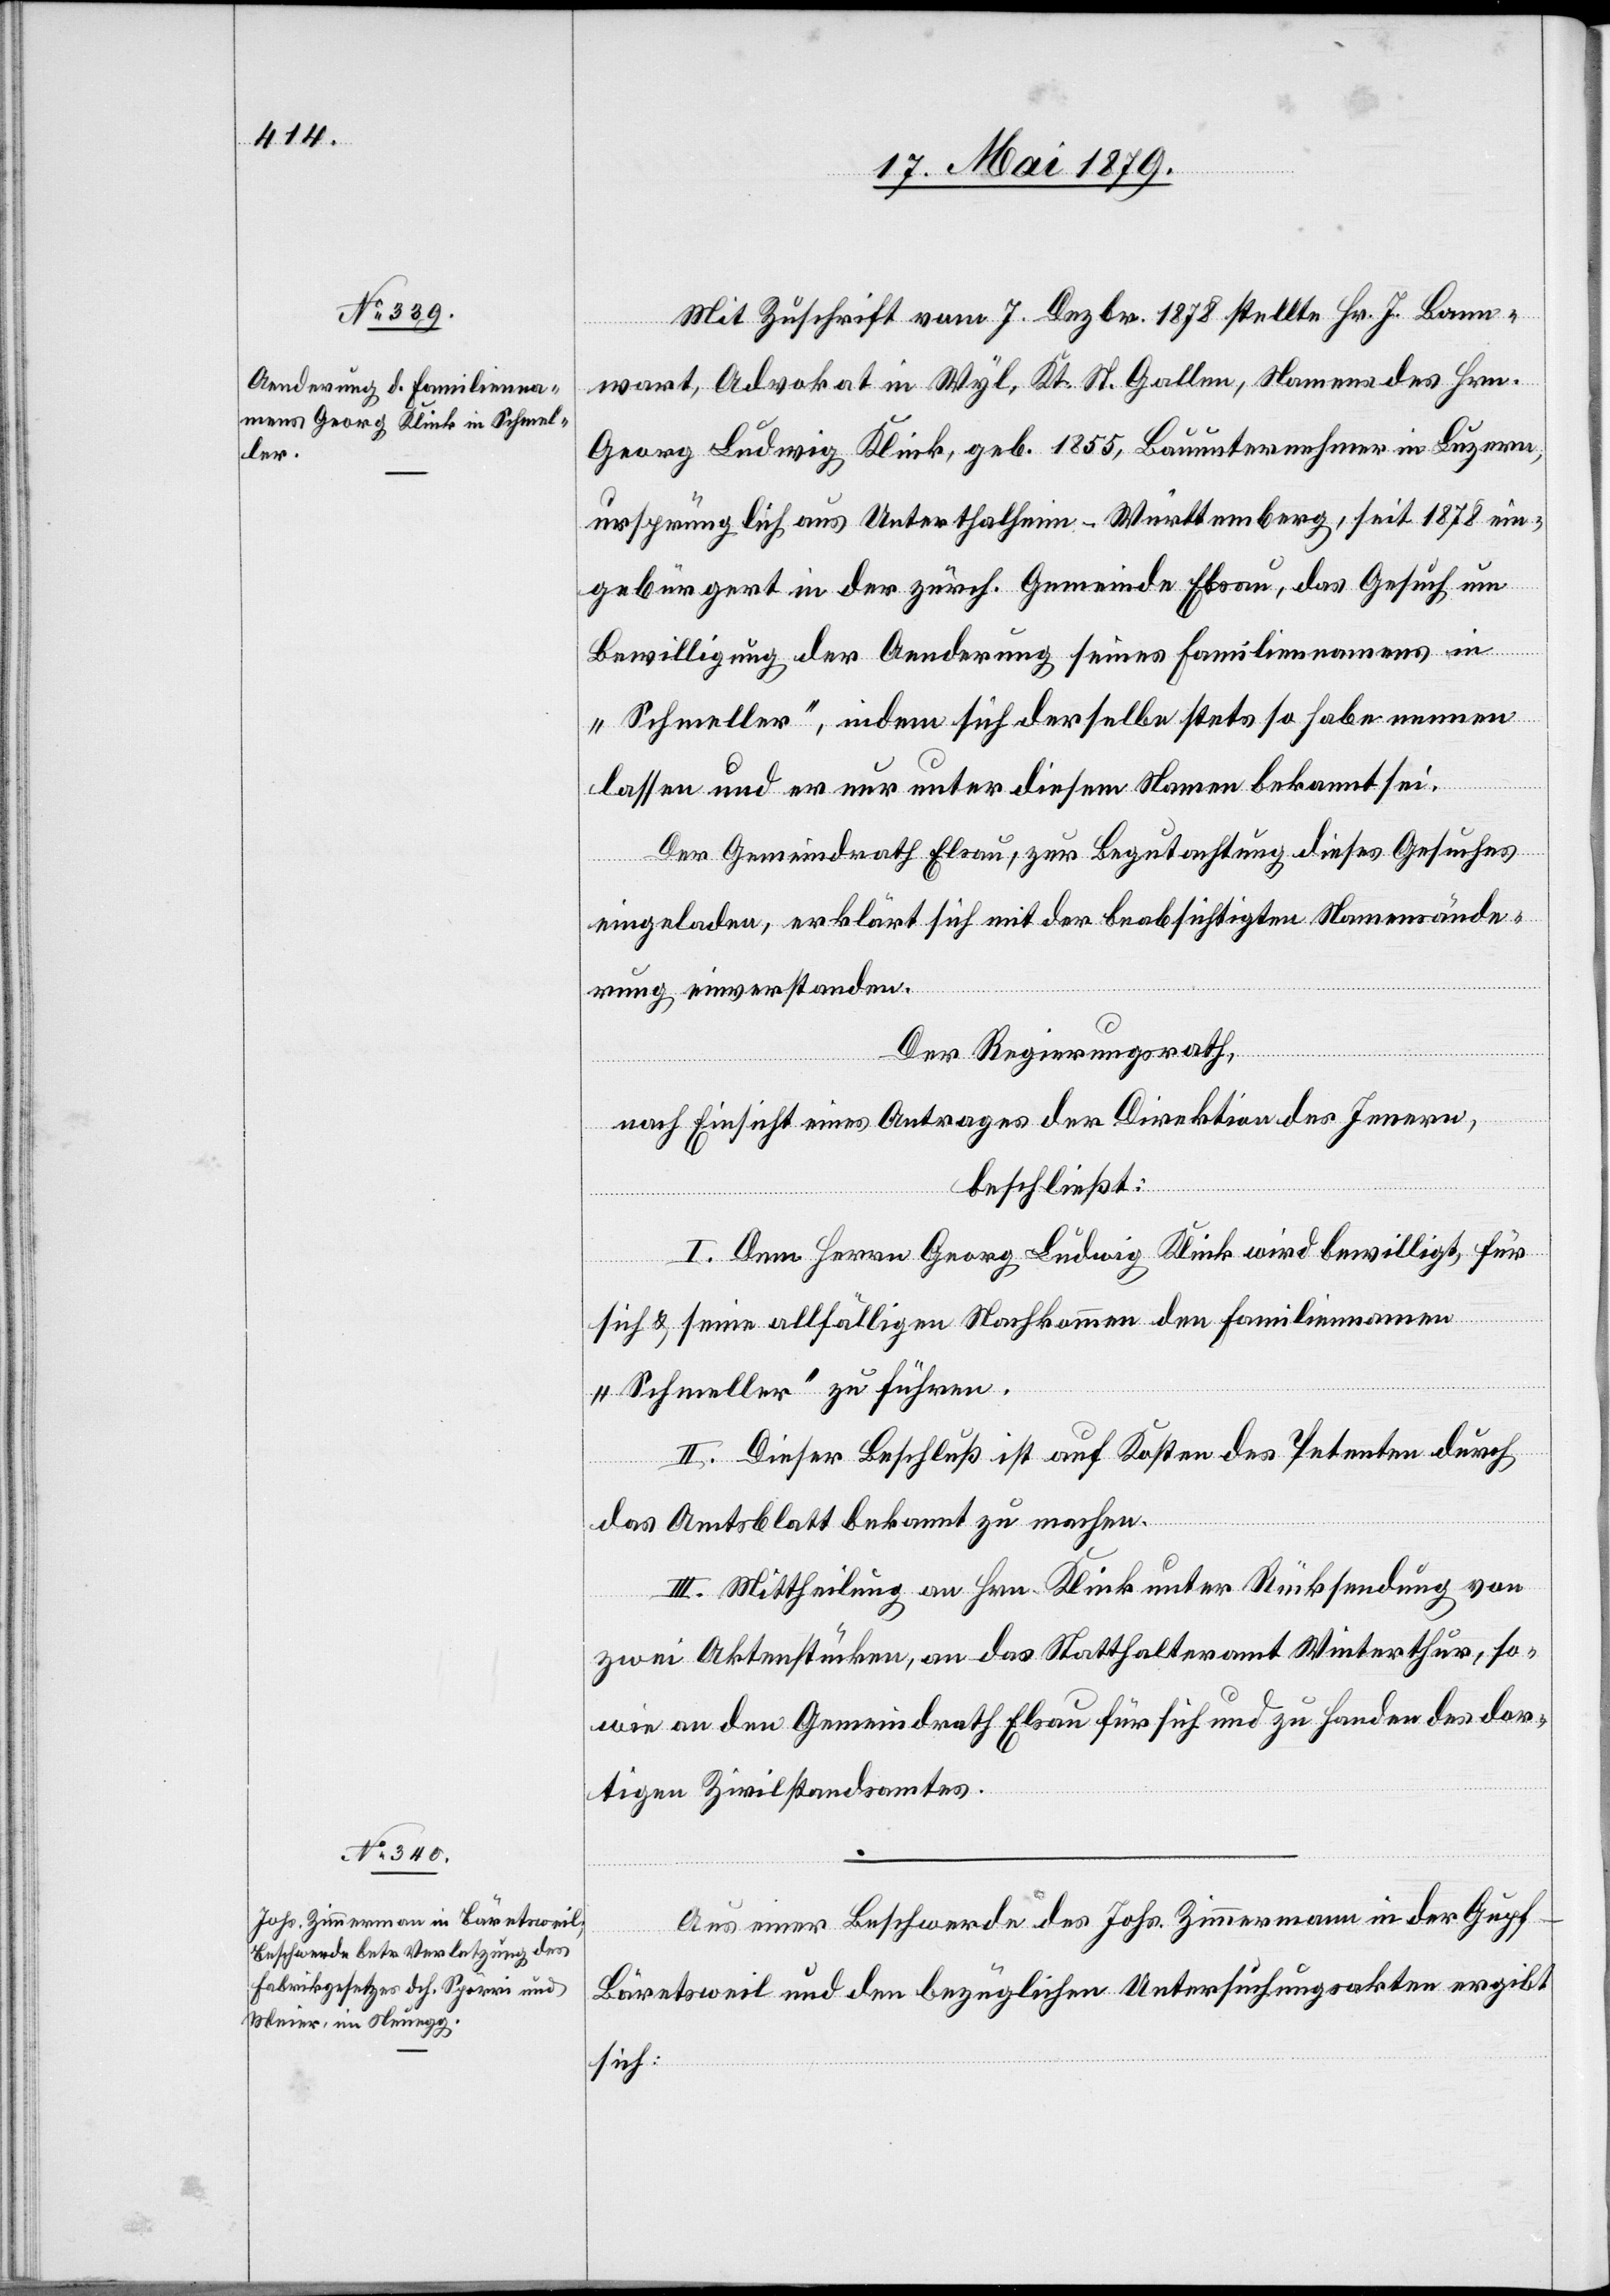
Mit Zuschrift vom 7. Dezbr. 1878 stellte Hr. J. Bann¬
wart, Advokat in Wyl, Kt. St. Gallen, Namens des Hrn.
Georg Ludwig Klink, geb. 1855, Bauunternehmer in Luzern,
ursprünglich aus Unterthalheim - Württemberg, seit 1878 ein¬
gebürgert in der zürch. Gemeinde Elsau, das Gesuch um
Bewilligung der Aenderung seines Familiennamens in
„Schmeller“, indem sich derselbe stets so habe nennen
lassen und er nur unter diesem Namen bekannt sei.
Der Gemeindrath Elsau, zur Begutachtung dieses Gesuches
eingeladen, erklärt sich mit der beabsichtigten Namensände¬
rung einverstanden.
Der Regierungsrath,
nach Einsicht eines Antrages der Direktion des Innern,
beschließt:
I. Dem Herrn Georg Ludwig Klink wird bewilligt, für
sich & seine allfälligen Nachkommen den Familiennamen
„Schmeller“ zu führen.
II. Dieser Beschluß ist auf Kosten des Petenten durch
t
das Amtsblatt bekannt zu machen.
III. Mittheilung an Hrn. Klink unter Rücksendung von
zwei Aktenstücken, an das Statthalteramt Winterthur, so¬
wie an den Gemeindrath Elsau für sich und zu Handen des dor¬
tigen Zivilstandsamtes.
Aus einer Beschwerde des Johs. Zimmermann in der Gupf
-
Bäretsweil und den bezüglichen Untersuchungsakten ergib¬
sich: